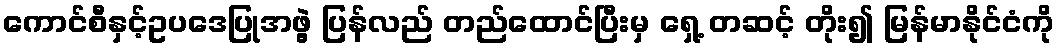
ကောင်စီနှင့်ဥပဒေပြုအဖွဲ့ ပြန်လည် တည်ထောင်ပြီးမှ ရှေ့ တဆင့် တိုး၍ မြန်မာနိုင်ငံကို